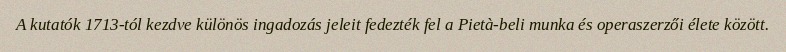
A kutatók 1713-tól kezdve különös ingadozás jeleit fedezték fel a Pietà-beli munka és operaszerzői élete között.